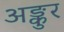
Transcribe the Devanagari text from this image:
अङ्कुर